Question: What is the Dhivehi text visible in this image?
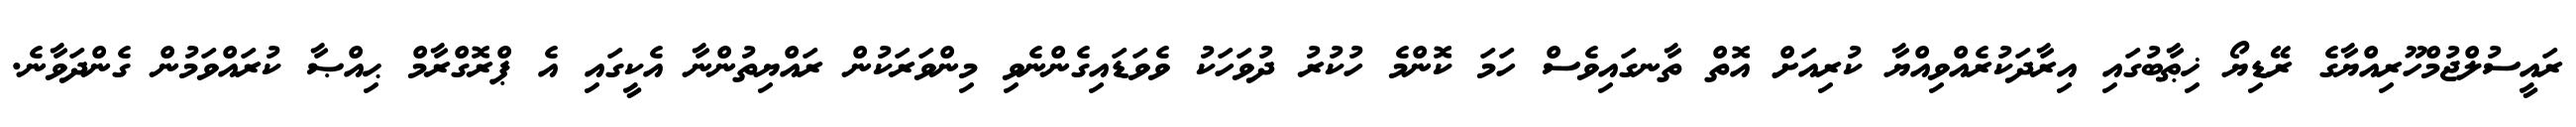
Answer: ރައީސުލްޖުމްހޫރިއްޔާގެ ރޭޑިޔޯ ޚިޠާބުގައި އިރާދަކުރެއްވިއްޔާ ކުރިއަށް އޮތް ތާނގައިވެސް ހަމަ ކޮންމެ ހުކުރު ދުވަހަކު ވެވަޑައިގެންނެވި މިންވަރަކުން ރައްޔިތުންނާ އެކީގައި އެ ޕްރޮގްރާމް ޙިއްޞާ ކުރައްވަމުން ގެންދަވާނެ.